Report on vaccination in Madras 1877-1894 - 1877-1894
Year: 1877
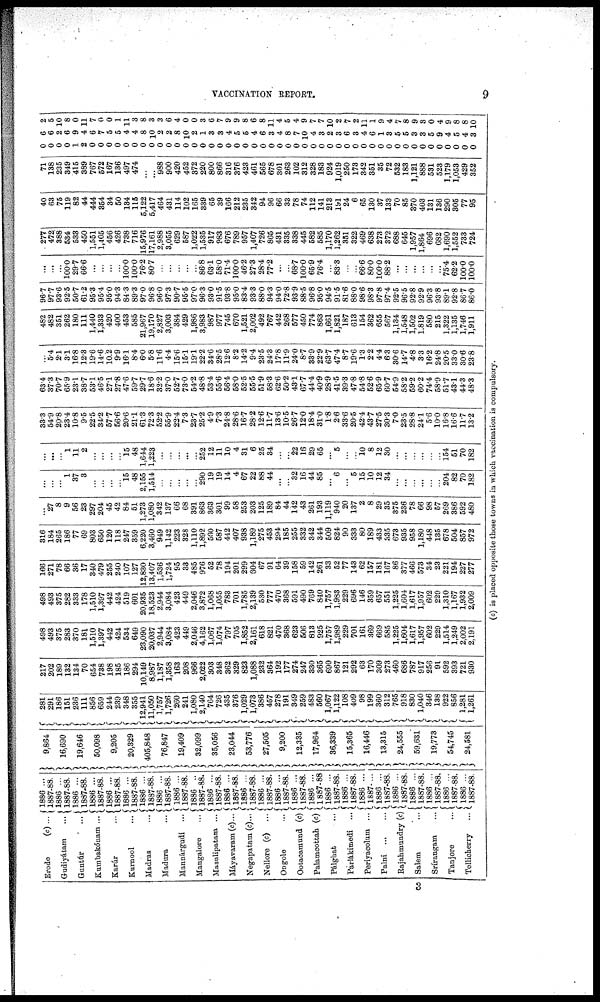
VACCINATION REPORT.
9
Erode
(c) ...
Gudiyátam
...
Guntúr
...
Kumbakónam ...
Karúr
...
Karnool
...
Madras
...
Madura
...
Mannárgudi ...
Mangalore
...
Masulipatam ...
Máyavaram(c)...
Negapatam (c)...
Nellore (c) ...
Ongole
...
Ootacamund (c)
Palamcottah (c)
Pálghat
...
Parlákimedi ...
Periyacolum ...
Palni
...
...
Rajahmundry (c)
Salem ...
Srírangam ...
Tanjore ...
Tellicherry ...
1886 ...
1887-88.
1886 ...
1887-88.
1886 ...
1887-88.
1886 ...
1887-88.
1886 ...
1887-88.
1886 ...
1887-88.
1886 ...
1887-88.
1886 ...
1887-88.
1886 ...
1887-88.
1886 ..
1887-88.
1886 ...
1887-88.
1886 ...
1887-88.
1886 ...
1887-88.
1886 ...
1887-88.
1886 ...
1887-88.
1886 ...
1887-88.
1886 ...
1887-88
1886 ...
1887-88.
1886 ...
1887-88.
1886 ...
1887-...
1886 ...
1887-88.
1886 ...
1887-88.
1886 ...
1887-88.
1886 ...
1887-88.
1886 ...
1887-88.
1886 ...
1887-88.
9,864
16,690
19,646
50,098
9,205
20,329
405,848
76,847
19,409
32,099
35,056
23,044
53,776
27,505
9,200
12,335
17,964
36,339
15,365
16,446
13,315
24,555
59,631
19,773
54,745
24,581
281
291
186
151
236
111
856
659
244
239
348
355
12,941
11,050
1,757
1,726
260
241
1,080
2,140
764
726
435
376
1,029
1,073
386
457
278
191
349
259
483
560
1,067
1,122
108
409
98
199
360
312
765
918
830
1,040
346
138
922
856
1,281
1,261
217
202
189
132
134
70
654
738
198
185
186
294
10,149
8,987
1,187
1,358
163
208
966
2,022
303
348
362
329
823
1,088
232
364
192
177
274
247
330
365
690
867
121
292
63
170
309
273
460
686
787
917
256
91
592
393
721
930
498
493
375
283
370
181
1,510
1,397
442
424
534
649
23,090
20,037
2,944
3,084
423
449
2,046
4,162
1,067
1,074
797
705
1,852
2,161
618
821
470
368
623
506
813
925
1,757
1,989
229
701
161
369
669
585
1,225
1,604
1,617
1,957
602
229
1,514
1,249
2,002
2,191
498
493
375
282
333
178
1,510
1,397
442
424
519
601
20,935
18,523
2,944
3,084
423
449
2,046
3,872
1,068
1,055
783
701
1,785
2,139
530
777
470
368
591
490
769
840
1,757
1,983
229
696
146
359
657
551
1,225
1,604
1,617
1,957
602
229
1,310
1,167
1,932
2,009
166
271
78
66
36
17
340
479
255
240
107
127
12,830
13,407
1,536
1,724
95
33
485
976
52
78
194
201
299
604
67
91
64
39
158
59
142
261
33
52
77
143
62
157
181
167
86
377
466
573
34
23
221
194
227
277
316
184
265
186
77
69
803
650
120
118
247
359
6,220
3,460
949
1,142
223
328
1,110
1,892
560
587
442
407
938
1,189
275
453
294
185
255
332
342
344
509
824
90
333
80
189
433
335
673
935
958
1,180
448
135
678
504
857
972
...
27
8
9
56
23
297
204
45
42
84
51
1,273
1,080
342
137
66
68
391
863
363
301
99
58
253
203
125
189
84
44
142
43
261
193
1,119
940
20
137
2
8
29
35
375
236
78
66
98
57
269
386
592
480
...
...
...
1
37
3
...
...
...
...
15
48
2,155
1,514
...
...
...
...
...
290
19
19
14
4
67
22
88
44
...
...
32
16
44
85
...
6
...
5
15
10
12
34
...
...
...
...
...
...
204
82
70
182
...
...
...
1
11
2
...
...
...
...
15
48
1,644
1,223
...
...
...
...
...
252
12
11
10
4
31
6
25
34
...
...
22
16
29
65
...
5
...
...
10 8
12
30
...
...
...
...
...
...
154
51
70
182
33.3
54.9
20.8
23.4
10.8
9.5
22.5
34.2
57.7
56.6
20.6
21.1
61.3
72.3
52.2
55.9
22.4
7.3
23.7
25.2
4.9
7.3
24.8
28.6
16.7
28.2
12.6
11.7
13.6
10.5
26.7
12.0
18.4
31.0
1.8
2.6
33.6
20.5
42.4
43.7
27.5
30.3
7.0
23.5
28.8
24.1
5.6
10.0
16.8
16.6
11.7
13.2
63.4
37.3
70.7
65.9
23.1
38.7
53.1
46.5
27.1
27.8
47.6
59.7
29.7
18.6
32.2
37.0
52.7
73.0
54.2
48.8
53.4
55.6
56.4
58.0
52.5
55.5
51.9
58.3
62.6
50.2
43.1
67.7
44.4
40.9
28.9
41.5
39.3
47.8
54.8
52.6
65.9
60.7
54.9
58.2
59.2
60.2
74.4
58.9
51.7
43.1
44.3
48.3
...
5.4
2.1
3.1
16.8
12.3
19.6
14.6
10.2
9.9
16.1
8.4
6.0
5.8
11.6
4.4
15.6
15.1
19.1
22.2
34.6
28.5
12.6
8.2
14.2
9.4
23.5
24.3
17.8
11.9
24.0
8.7
33.9
22.9
63.7
47.4
8.7
19.6
1.3
2.2
4.4
6.3
30.6
14.7
4.8
3.3
16.2
24.8
20.5
33.0
30.6
23.8
482
482
351
262
180
111
1,440
1,333
420
400
453
585
21,967
19,170
2,827
3,003
384
429
1,986
3,983
987
977
745
670
1,521
2,002
492
767
442
268
577
450
774
863
1,661
1,821
187
613
154
362
655
567
1,134
1,548
1,502
1,819
580
215
1,322
1,135
1,746
1,911
96.7
97.7
93.6
92.5
50.7
61.2
95.3
95.4
95.0
94.3
84.3
89.3
97.0
96.8
96.0
97.3
90.7
95.5
97.0
96.3
93.0
91.5
93.8
95.0
83.4
93.3
88.0
94.3
94.0
72.8
93.9
88.5
96.8
95.0
94.5
91.5
81.6
88.0
98.6
98.3
97.8
97.4
92.5
96.5
92.8
92.9
96.3
93.8
89.1
92.8
86.7
86.0
...
...
...
100.0
29.7
66.6
...
...
...
...
100.0
100.0
76.2
80.7
...
...
...
...
...
86.8
63.1
58.0
71.4
100.0
46.2
27.3
28.4
77.2
...
...
68.7
100.0
65.9
76.4
...
83.3
...
...
66.6
80.0
100.0
88.2
...
...
...
...
...
...
75.4
62.2
100.0
100.0
277
472
388
534
533
450
1,551
1,405
456
426
738
716
15,976
17,161
2,988
3,055
629
587
1,022
1,535
917
983
676
789
957
1,407
726
865
431
335
338
445
582
585
1,170
1,262
351
322
469
638
273
372
688
645
1,957
1,864
696
682
1,690
1,552
733
724
40
63
75
119
82
44
444
354
34
50
134
115
5,122
5,417
464
431
114
102
165
339
65
39
166
212
235
342
94
96
66
33
78
74
112
141
213
191
24
6
65
130
37
133
70
85
370
403
131
136
290
305
77
95
71
138
235
349
415
389
767
572
167
136
497
474
...
...
988
900
420
452
372
220
800
866
316
376
423
461
565
678
301
263
102
312
328
183
924
1,019
250
173
342
351
35
72
532
183
1,121
888
631
523
1,179
1,053
429
352
0
0
0
0
1
2
0
0
0
0
0
0
0
0
0
0
0
0
0
0
0
0
0
0
0
0
0
0
0
0
0
0
0
0
0
0
0
0
0
0
0
0
0
0
0
0
0
0
0
0
0
0
6
6
2
6
9
4
6
7
5
5
4
4
8
10
2
2
8
10
2
1
3
3
4
5
5
4
6
3
4
8
7
10
4
3
2
3
6
3
4
6
1
3
5
5
3
3
5
9
4
5
4
3
2
5
10
8
0
11
7
0
0
1
11
3
8
3
3
6
4
0
0
3
6
7
9
9
8
6
8
11
4
5
4
9
7
7
10
2
7
2
11
1
9
4
7
8
9
3
0
4
9
8
8
10
(c) is placed opposite those towns in which vaccination is compulsory.
3